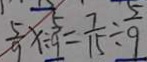
\frac { 5 } { 9 } x \div \frac { 5 } { 9 } = \frac { 7 } { 1 5 } \div \frac { 5 } { 9 }